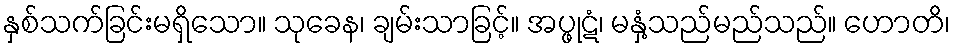
နှစ်သက်ခြင်းမရှိသော။ သုခေန၊ ချမ်းသာခြင့်။ အပ္ဖုဋံ၊ မနှံ့သည်မည်သည်။ ဟောတိ၊